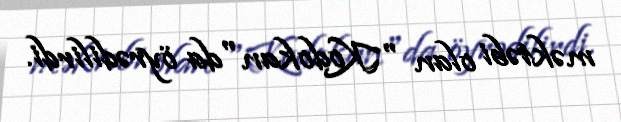
məktəbi olan "Kodokan"da öyrədilirdi.